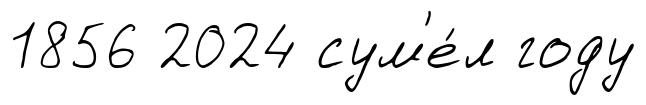
1856 2024 сум'е́л году